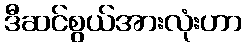
ဒီဆင်စွယ်အားလုံးဟာ